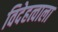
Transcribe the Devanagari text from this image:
विदेहत्वाला